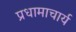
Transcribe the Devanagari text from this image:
प्रधामाचार्य